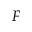
{ \cal F }